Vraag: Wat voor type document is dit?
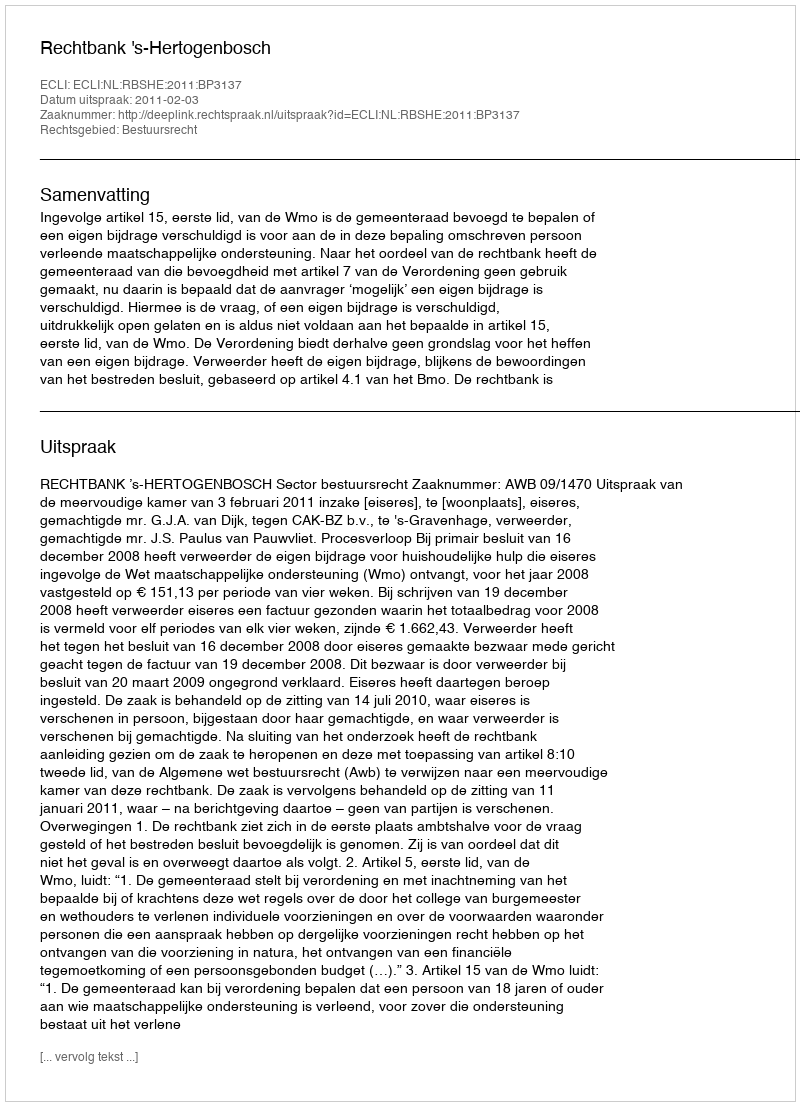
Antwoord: Uitspraak